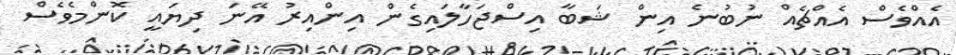
އެއްވެސް އެއްޗެއް ނުބުނެ އިން ޝަބާ އިސްޖަހާލައިގެން އިންއިރު އޭނަ ދިޔައީ ކޮންމެވެސް